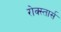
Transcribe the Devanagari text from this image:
रोक्स्तार्स